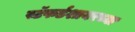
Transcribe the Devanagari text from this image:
स्टॅफर्डशायरच्या